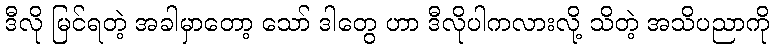
ဒီလို မြင်ရတဲ့ အခါမှာတော့ သော် ဒါတွေ ဟာ ဒီလိုပါကလားလို့ သိတဲ့ အသိပညာကို